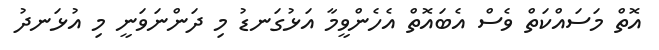
އޮތް މަސައްކަތް ވެސް އެބައޮތް އެހެންވީމާ އަޅުގަނޑު މި ދަންނަވަނީ މި އުޅަނދު